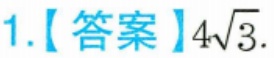
1.【答案】\(4\sqrt{3}\).